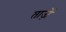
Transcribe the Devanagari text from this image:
ताज़ें